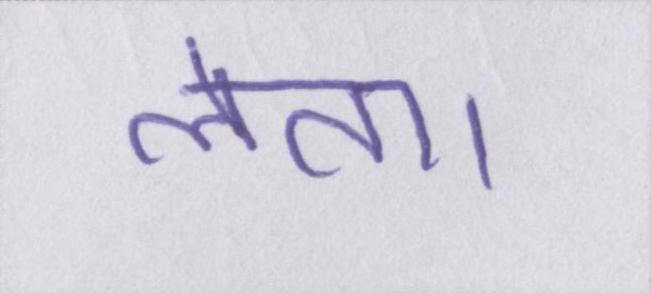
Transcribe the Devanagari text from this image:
लेता।